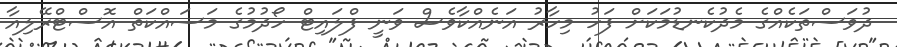
ދުވަސްތަކެއްގެ މެދުކެނޑުމަކަށް ފަހު މިހާރު އަނެއްކާވެސް ވަނީ ފްލައިޓް ހޯދުމުގެ މަސައްކަތް އޮސްޓްރޭލިއާ